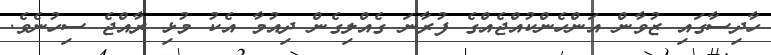
ހާދިސާގައި ޒުވާން އަންހެންކުއްޖެއްގެ ފުރާނަ ގެއްލިގެން ދިއުމާ އެކު މުޅި ރާއްޖެ ސިހުނެވެ.